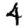
Digit: 4